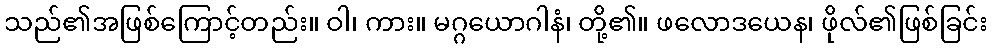
သည်၏အဖြစ်ကြောင့်တည်း။ ဝါ၊ ကား။ မဂ္ဂယောဂါနံ၊ တို့၏။ ဖလောဒယေန၊ ဖိုလ်၏ဖြစ်ခြင်း